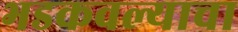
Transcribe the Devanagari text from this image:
भडकवल्याचा